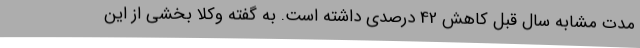
مدت مشابه سال قبل کاهش 42 درصدی داشته است. به گفته وکلا بخشی از این